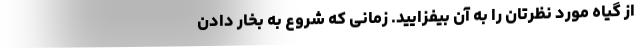
از گیاه مورد نظرتان را به آن بیفزایید. زمانی که شروع به بخار دادن